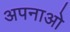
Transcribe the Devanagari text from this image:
अपनाओ